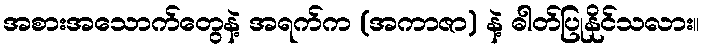
အစားအသောက်တွေနဲ့ အရက်က (အကာဇာ) နဲ့ ဓါတ်ပြုနိုင်သလား။